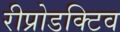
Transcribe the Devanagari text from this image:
रीप्रोडक्टिव